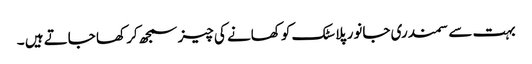
بہت سے سمندری جانور پلاسٹک کو کھانے کی چیز سمجھ کر کھا جاتے ہیں ۔